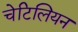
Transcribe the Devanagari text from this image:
चेटिलियन